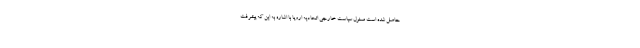
حاصل شده است مسئول سیاست خارجی اتحادیه اروپا با اشاره به این که پیشرفت